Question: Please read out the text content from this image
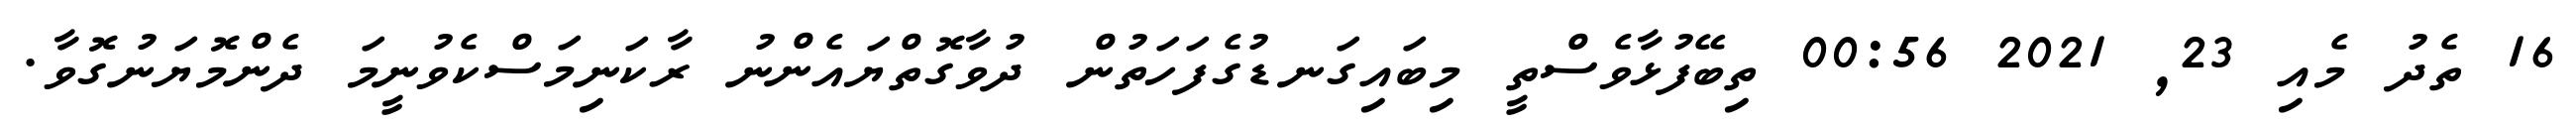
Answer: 16 ތެދު މެއި 23, 2021 00:56 ތިބޭފުޅާވެސްތީ މިބައިގަނޑުގެފަހަތުން ދުވާގޮތްޔައެންނު ރާކަނިމަސްކެވުނީމަ ދެންމޮޔަނުގޮވާ.